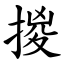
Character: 㨑